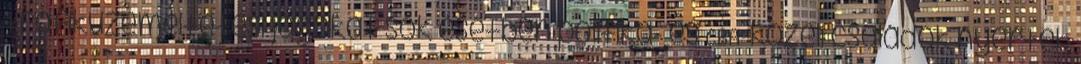
trafiküzemeltetési jogokat sok esetben politika- és CBA-közeli családok nyerték